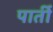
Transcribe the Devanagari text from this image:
पार्ती